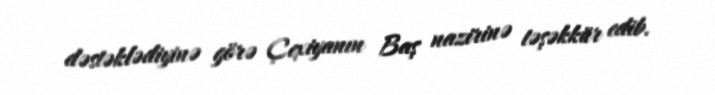
dəstəklədiyinə görə Çexiyanın Baş nazirinə təşəkkür edib.